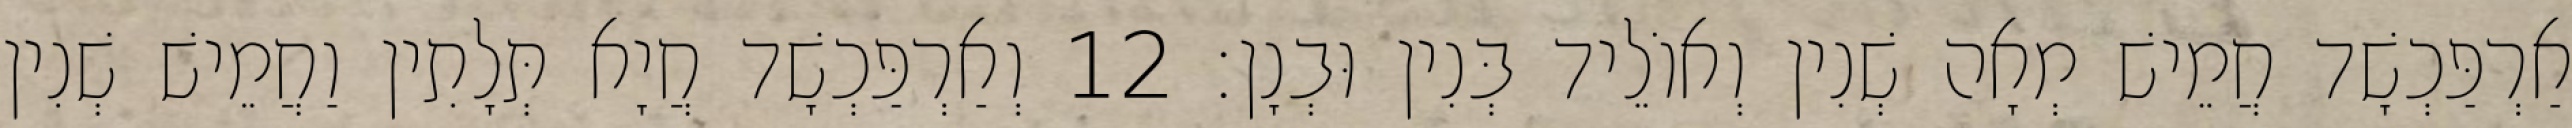
אַרְפַּכְשָׁד חֲמֵישׁ מְאָה שְׁנִין וְאוֹלֵיד בְּנִין וּבְנָן׃ 12 וְאַרְפַּכְשָׁד חֲיָא תְּלָתִין וַחֲמֵישׁ שְׁנִין